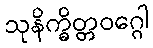
သုနိက္ခိတ္တဝဂ္ဂေါ